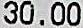
30.00